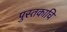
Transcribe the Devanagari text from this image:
पुस्तकाचि